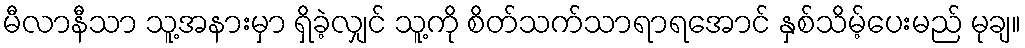
မီလာနီသာ သူ့အနားမှာ ရှိခဲ့လျှင် သူ့ကို စိတ်သက်သာရာရအောင် နှစ်သိမ့်ပေးမည် မုချ။